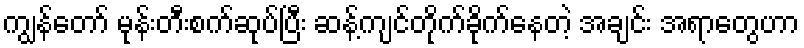
ကျွန်တော် မုန်းတီးစက်ဆုပ်ပြီး ဆန့်ကျင်တိုက်ခိုက်နေတဲ့ အချင်း အရာတွေဟာ